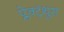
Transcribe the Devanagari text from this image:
प्लेक्ट्रंथुस